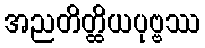
အညတိတ္ထိယပုဗ္ဗဿ